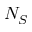
N _ { S }